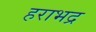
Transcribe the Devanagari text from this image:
हराभद्र